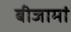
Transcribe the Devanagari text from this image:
बीजामां